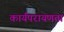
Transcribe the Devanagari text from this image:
कार्यपरायणता